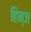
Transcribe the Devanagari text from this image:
हिन्ज